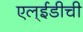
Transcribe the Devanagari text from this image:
एल्‌ईडीची